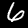
Label: 6